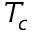
T _ { c }